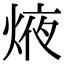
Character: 焲